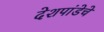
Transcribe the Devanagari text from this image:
देशपांडेचे